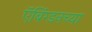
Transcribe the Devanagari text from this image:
ऍबिंग्डनच्या